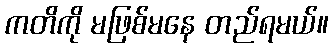
ကတိကို မဖြစ်မနေ တည်ရမယ်။